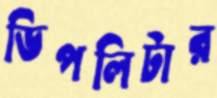
ডিপলিটার